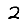
Digit: 2